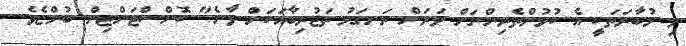
މި މުބާރަތަކީ އެ ކުޅުންތެރިންނަށް ވަރަށް ރަނގަޅު ތަޖުރިބާއަކަށް ވާނެ" ކޮންސްޓަންޓިން ބުންޏެވެ.